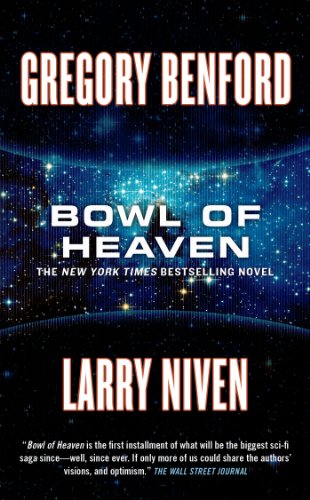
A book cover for Bowl of Heaven; Gregory Benford; Science Fiction & Fantasy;